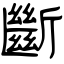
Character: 斷